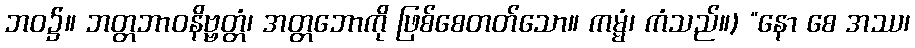
ဘဝ၌။ ဘတ္တဘာဝနိဗ္ဗတ္တံ၊ အတ္တဘောကို ဖြစ်စေတတ်သော။ ကမ္မံ၊ ကံသည်။) “နော စေ အဿ၊